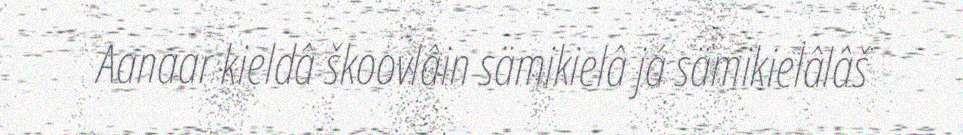
Aanaar kieldâ škoovlâin sämikielâ já sämikielâlâš